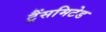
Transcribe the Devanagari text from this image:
ट्रैंसमिटेड